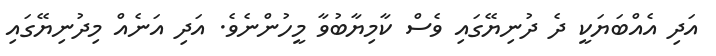
އަދި އެއްބަޔަކީ ދެ ދުނިޔޭގައި ވެސް ކާމިޔާބުވާ މީހުންނެވެ. އަދި އަނެއް މިދުނިޔޭގައި